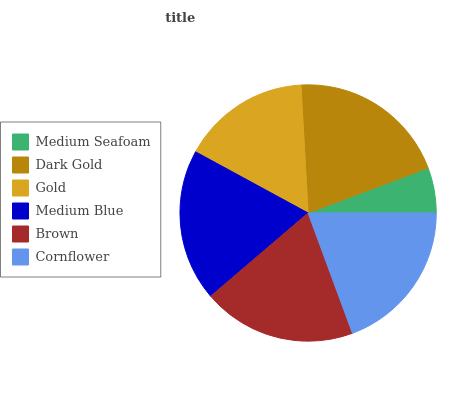
| Medium Seafoam | Dark Gold | Gold | Medium Blue | Brown | Cornflower |
 | --- | --- | --- | --- | --- | --- |
 | 5.72% | 20.2% | 16.2% | 19.1% | 19.4% | 19.4% |